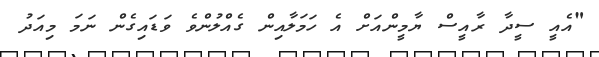
"އެއީ ސީދާ ރާއީސް ޔާމީންއަށް އެ ހަމަލާއިން ގެއްލުންވެ ވަޑައިގެން ނަމަ މިއަދު